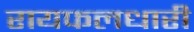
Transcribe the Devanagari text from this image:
रायफलधारी